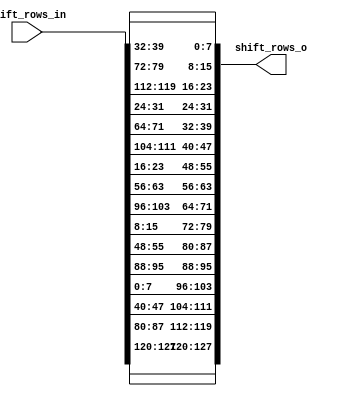
`timescale 1ns/1ns

module shift_rows (
    output reg [4*4*8 - 1 : 0] shift_rows_o,
    input [4*4*8 - 1 : 0] shift_rows_in
);

    reg [7:0] shift_rows_in_matrix [0:3][0:3];
    wire [7:0] shift_rows_o_matrix [0:3][0:3];
    integer i, j, k, p, q;

    always @(*) begin
        for(i=0; i<4; i=i+1) begin
            for(j=0; j<4; j=j+1) begin
                shift_rows_in_matrix[j][i] = shift_rows_in[(i*4 + j)*8 +: 8];
            end 
        end
    end

    // assign shift_rows_o_matrix[0] = {shift_rows_in_matrix[0][1], shift_rows_in_matrix[0][2], shift_rows_in_matrix[0][3], shift_rows_in_matrix[0][0]};
    // assign shift_rows_o_matrix[1] = {shift_rows_in_matrix[1][2], shift_rows_in_matrix[1][3], shift_rows_in_matrix[1][0], shift_rows_in_matrix[1][1]};
    // assign shift_rows_o_matrix[2] = {shift_rows_in_matrix[2][3], shift_rows_in_matrix[2][0], shift_rows_in_matrix[2][1], shift_rows_in_matrix[2][2]};
    // assign shift_rows_o_matrix[3] = {shift_rows_in_matrix[3][0], shift_rows_in_matrix[3][1], shift_rows_in_matrix[3][2], shift_rows_in_matrix[3][3]};
    assign shift_rows_o_matrix[0][0] = shift_rows_in_matrix[0][1];
    assign shift_rows_o_matrix[0][1] = shift_rows_in_matrix[0][2];
    assign shift_rows_o_matrix[0][2] = shift_rows_in_matrix[0][3];
    assign shift_rows_o_matrix[0][3] = shift_rows_in_matrix[0][0];

    assign shift_rows_o_matrix[1][0] = shift_rows_in_matrix[1][2];
    assign shift_rows_o_matrix[1][1] = shift_rows_in_matrix[1][3];
    assign shift_rows_o_matrix[1][2] = shift_rows_in_matrix[1][0]; 
    assign shift_rows_o_matrix[1][3] = shift_rows_in_matrix[1][1];

    assign shift_rows_o_matrix[2][0] = shift_rows_in_matrix[2][3]; 
    assign shift_rows_o_matrix[2][1] = shift_rows_in_matrix[2][0];
    assign shift_rows_o_matrix[2][2] = shift_rows_in_matrix[2][1]; 
    assign shift_rows_o_matrix[2][3] = shift_rows_in_matrix[2][2];

    assign shift_rows_o_matrix[3][0] = shift_rows_in_matrix[3][0];
    assign shift_rows_o_matrix[3][1] = shift_rows_in_matrix[3][1];
    assign shift_rows_o_matrix[3][2] = shift_rows_in_matrix[3][2];
    assign shift_rows_o_matrix[3][3] = shift_rows_in_matrix[3][3];

    always @(*) begin
        for(p=0; p<4; p=p+1) begin
            for(q=0; q<4; q=q+1) begin 
                shift_rows_o[(p*4 + q)*8 +: 8] = shift_rows_o_matrix[q][p];
            end
        end
    end
    
endmodule